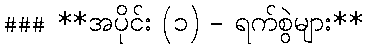
### **အပိုင်း (၁) - ရက်စွဲများ**